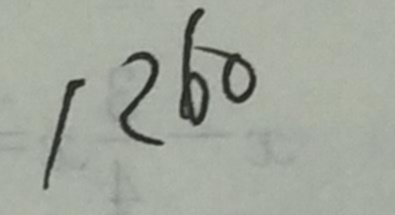
1 2 6 0